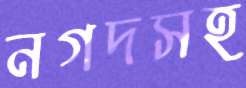
নগদসহ